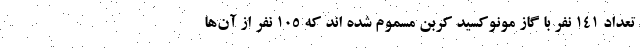
تعداد ۱۴۱ نفر با گاز مونوکسید کربن مسموم شده اند که ۱۰۵ نفر از آن‌ها